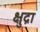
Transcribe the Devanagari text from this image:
क्षुद्रा